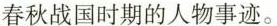
春秋战国时期的人物事迹。